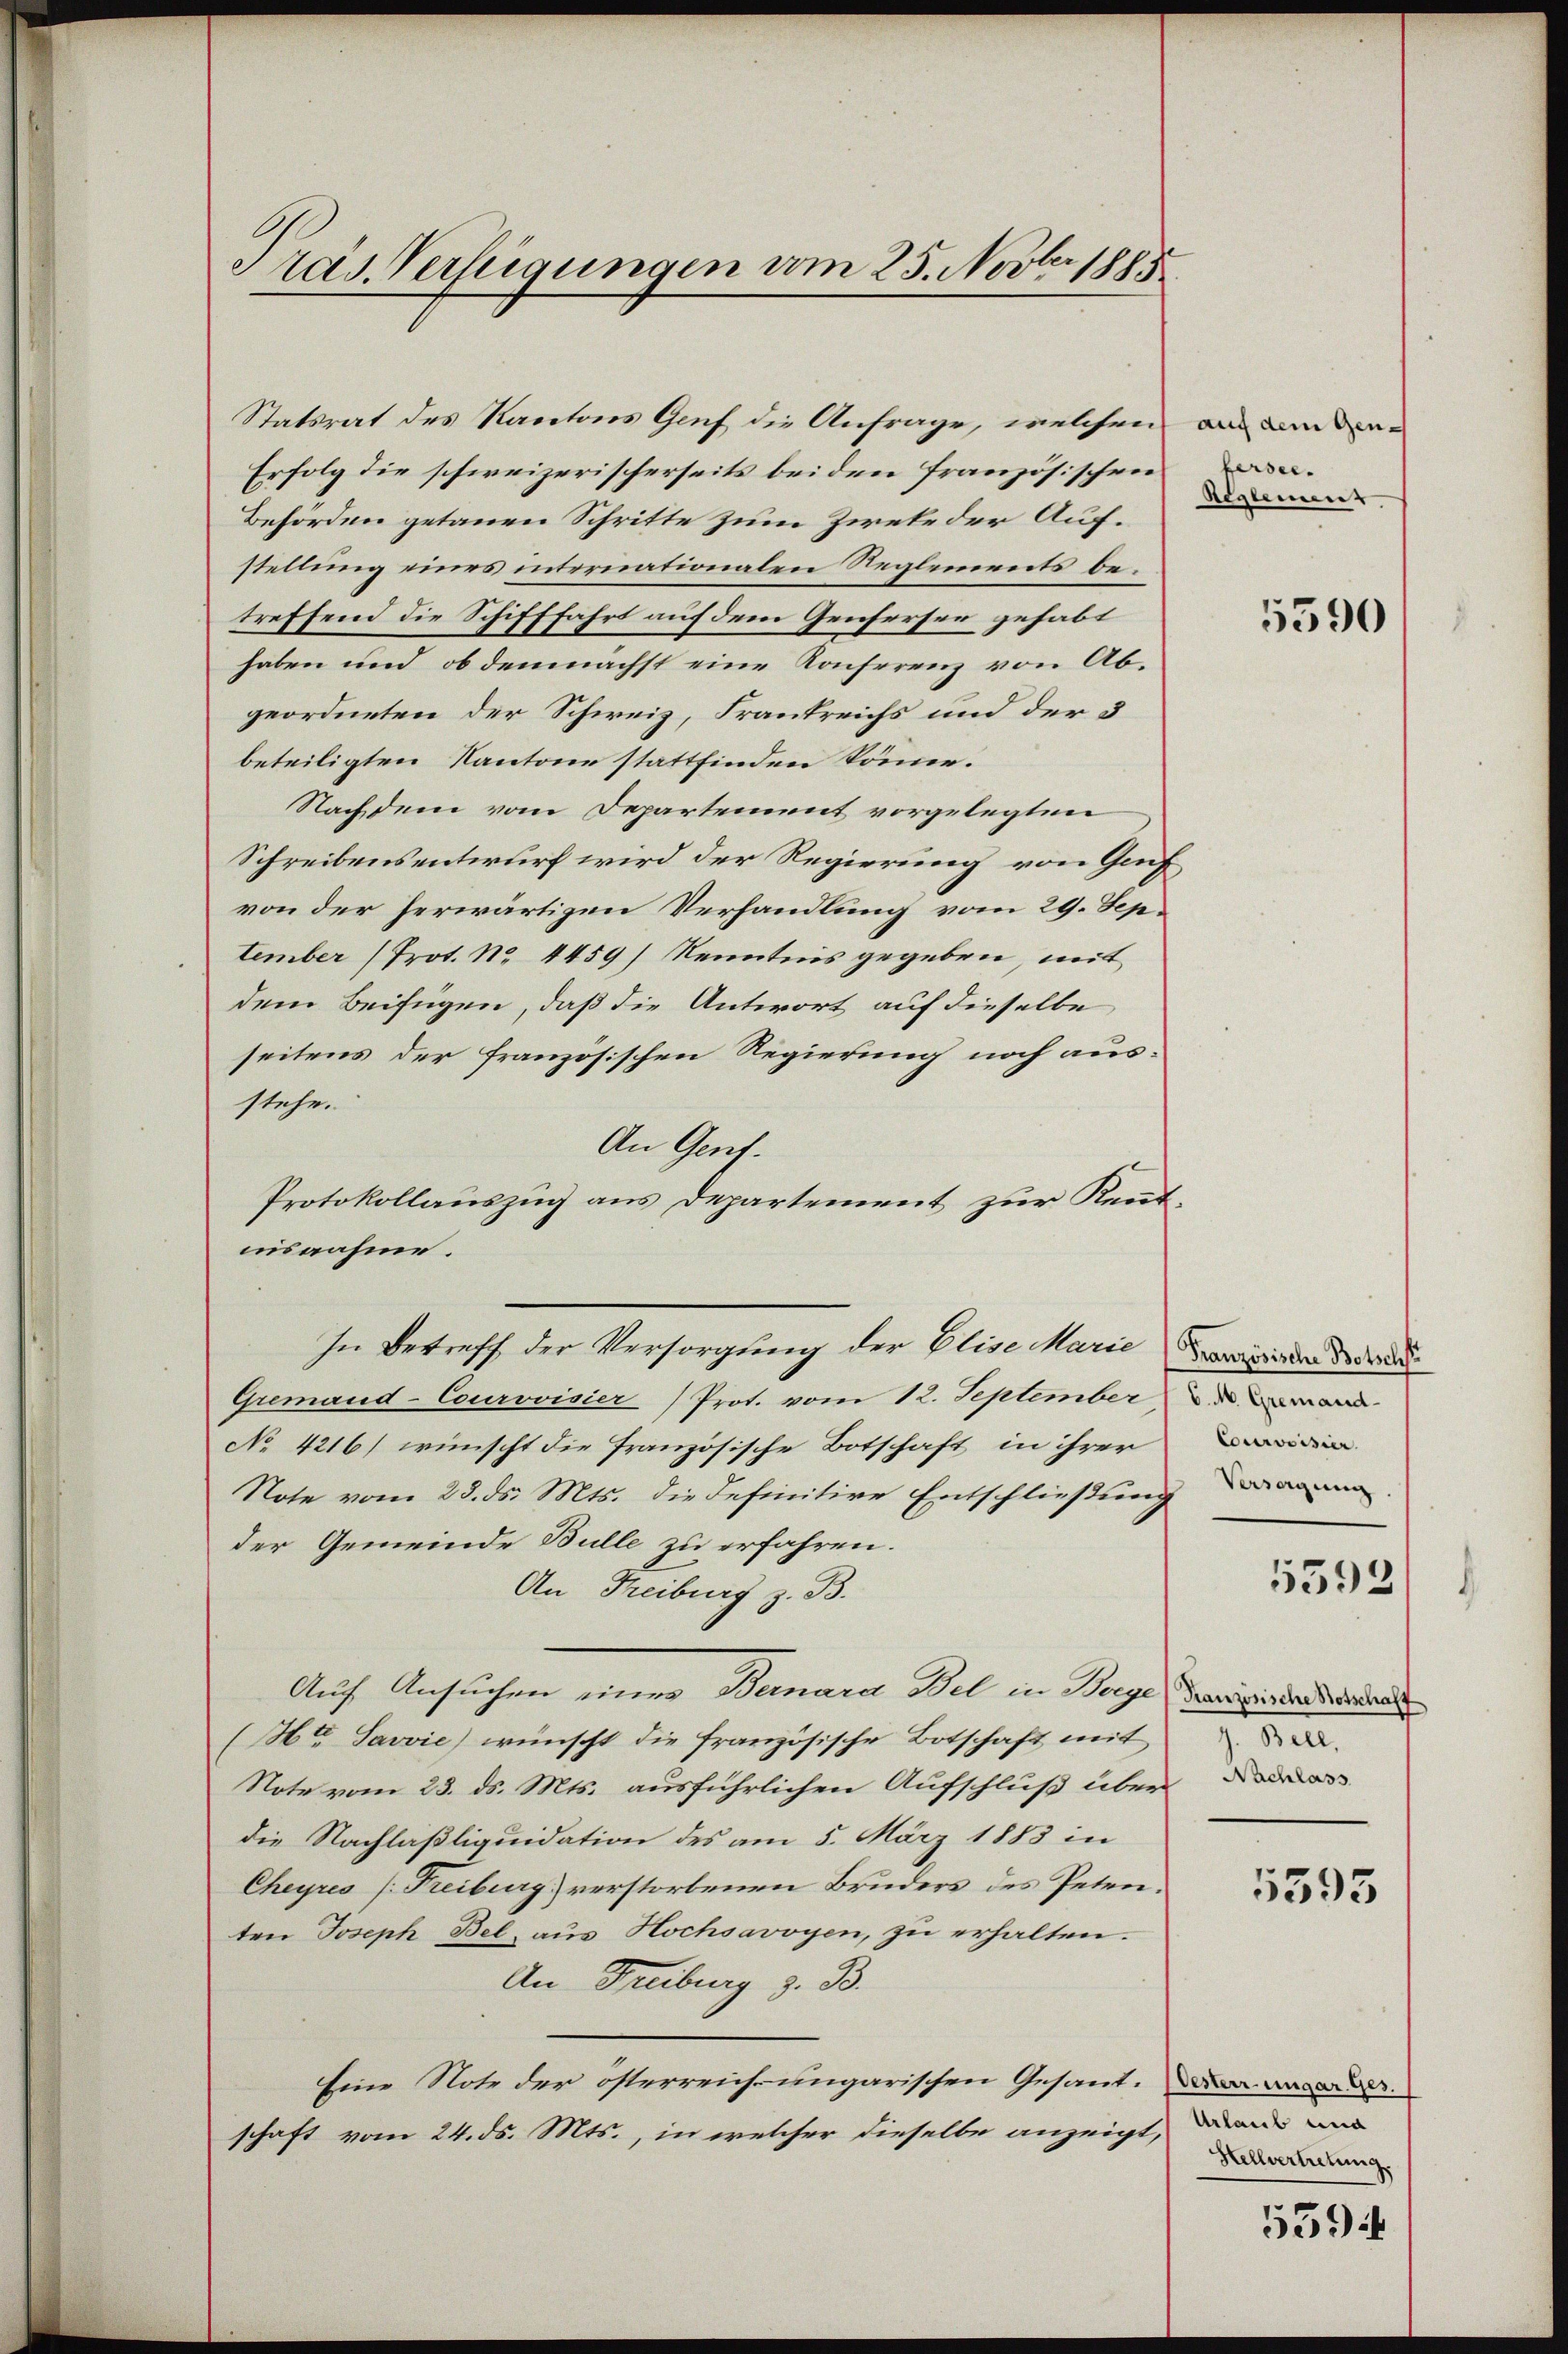
Pras. Verfügungen vom 25. Novber 1885

Statsrat des Kantons Genf die Anfrage, welchen
Erfolg die schweizerischerseits beiden französischen
Behörden getauen Schritte zum Zirke der Aufstellung eines internationalen Reglements betreffend die Schifffahrt auf dem Genferser gehabt
haben und ob demnächst eine Konferenz von Abgeordneten der Schweiz, Frankreichs und der 3
beteiligten Kantone stattfinden kömmer.
Nachdem vom Departement vorgelegten
Schreibensentwurf wird der Regierung von Gef
von der herwärtigen Verhandlung vom 29. Sep.
tember (Prot. No 4459) Kenntnis gegeben, mit
dem Beifügen, daß die Antwort auf dieselbe
seitens der französischen Regierung noch aus-
stehe.
An Genf.
Protokollauszug aus Departement zur Kent-
usnahme.
In Betreff der Versorgung der Elise Marie
Gremand-Courvoisier) Prot. vom 12. September and
No 4216) wünscht die französische Botschaft in ihrer
Note vom 28. ds. Mts. die definitive Entschließung an
der Gemeinde Bulle zu erfahren.
An Freiburg z. B.
Auf Ansuchen einer Bernara Bel in Berge
(Htr. Savvie) wünscht die französische Botschaft mit
Note vom 23. ds. Mts. ausführlichen Aufschluß über
die Nachlaßliquidation des am 5. März 1883 in
Cheyres (Freiburg) verstorbenen Bruders des Peten.
ten Joseph Bel, aus Hochsavoyen, zu erhalten.
An Freiburg z. B.
Eine Note der österreich ungarischen Gesant. Diese
schaft vom 24. ds. Mts., in welcher dieselbe anzeigt,

auf dem Gene
bersee.
Reglement

5590

Französische Botschfe
Courvoision

5592

Französische Notschaft
g. Bell,
Nachlass

5595

Urlaub und
Hellvertretung.

5394